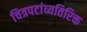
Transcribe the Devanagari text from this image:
चित्रपटांव्यतिरिक्त